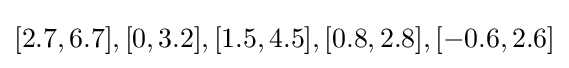
[2.7,6.7],[0,3.2],[1.5,4.5],[0.8,2.8],[-0.6,2.6]